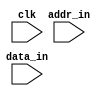
module RAM (
    input clk,
    input [3:0] addr_in, data_in
);
    reg [3:0] data [15:0];
    always @ (posedge clk) data[addr_in] = data_in;
endmodule